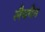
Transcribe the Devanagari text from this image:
लैचमैन